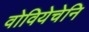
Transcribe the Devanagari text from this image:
वोवियेचेनि